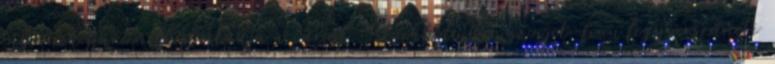
tábornok harc nélkül átadja a várost. Stockholmban szovjet-finn fegyverszüneti